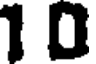
10